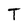
Character: T